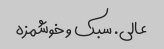
عالی. سبک و خوشمزه